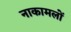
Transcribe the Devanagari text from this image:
नाकामलों